Vaccination in the Punjab 1905-1918 - 1905-1918
Year: 1905
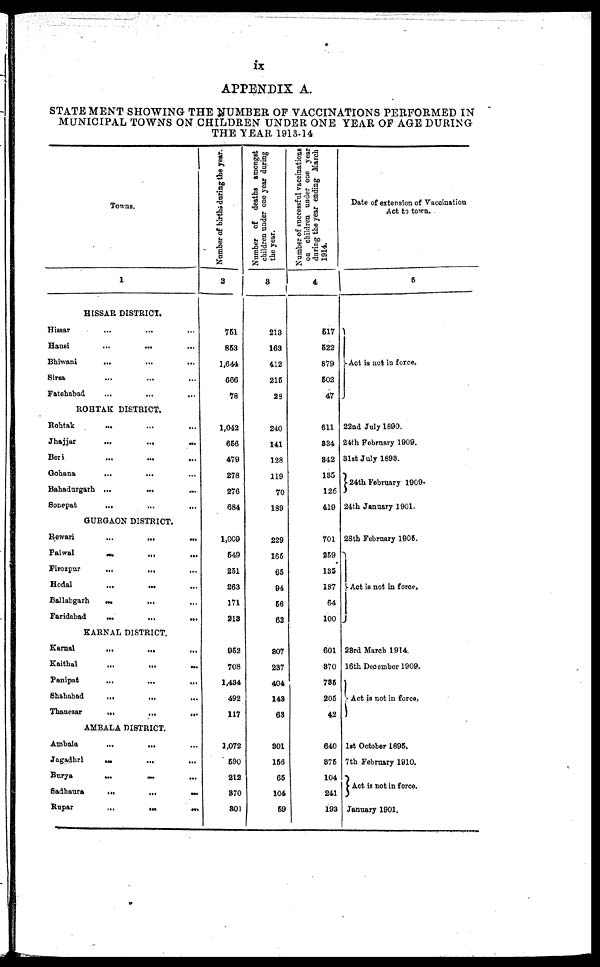
ix
APPENDIX A.
STATEMENT SHOWING THE NUMBER OF VACCINATIONS PERFORMED IN
MUNICIPAL TOWNS ON CHILDREN UNDER ONE YEAR OF AGE DURING
THE YEAR 1913-14
Towns.
1
HISSAR DISTRICT.
Hissar ... ... ...
Hansi
...
... ...
Bhiwani
... ... ...
Sirsa
...
...
...
Fatehabad ... ... ...
ROHTAK DISTRICT.
Rohtak
... ... ...
Jhajjar
...
...
...
Beri ... ... ...
Gohana
...
... ...
Bahadurgarh ...
...
...
Sonepat
... ... ...
GURGAON DISTRICT.
Rewari ... ... ...
Palwal
...
...
...
Firozpur
...
... ...
Hodal
...
... ...
Ballahgarh
...
... ...
Faridabad ... ... ...
KARNAL DISTRICT.
Karnal
...
...
...
Kaithal ... ... ...
Panipat
...
...
...
Shahabad
...
...
...
Thanesar
...
...
...
AMBALA DISTRICT.
Ambala
...
... ...
Jagadhri
...
...
...
Burya
...
...
Sadhaura
...
...
...
Rupar
...
...
...
Number of births during the year.
2
751
853
1,644
666
78
1,042
656
479
278
276
684
1,009
549
251
263
171
213
952
708
1,434
492
117
1,072
590
212
370
301
Number of deaths amongst
children under one year during
the year.
3
213
163
412
215
23
240
141
128
119
70
189
229
165
65
94
56
62
807
237
404
143
63
301
156
65
104
59
Number of successful vaccinations
on children under one year
during the year ending March
1914.
4
517
522
879
502
47
611
334
342
135
126
419
701
259
135
187
64
100
601
370
735
205
42
640
875
104
241
193
Date of extension of Vaccination
Act to town.
5
Act is not in force.
22nd July 1890.
24th February 1909.
31st July 1898.
24th February 1909.
24th January 1901.
28th February 1905.
Act is not in force.
28rd March 1914.
16th December 1909.
Act is not in force.
1st October 1895.
7th February 1910.
Act is not in force.
January 1901.